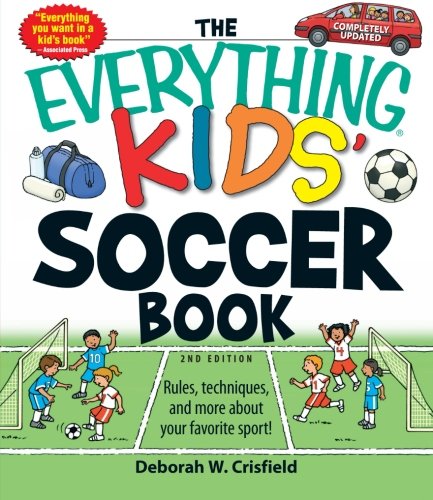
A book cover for The Everything Kids' Soccer Book: Rules, techniques, and more about your favorite sport!; Deborah W Crisfield; Children's Books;